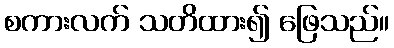
စကားလက် သတိထား၍ ဖြေသည်။